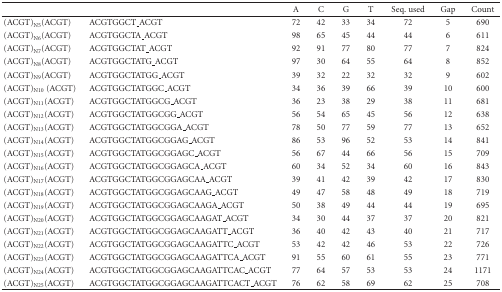
<table><thead><tr><td></td><td></td><td><b>A</b></td><td><b>C</b></td><td><b>G</b></td><td><b>T</b></td><td><b>Seq. used</b></td><td><b>Gap</b></td><td><b>Count</b></td></tr></thead><tbody><tr><td>(ACGT)<sub>N5</sub>(ACGT)</td><td>ACGTGGCT_ACGT</td><td>72</td><td>42</td><td>33</td><td>34</td><td>72</td><td>5</td><td>690</td></tr><tr><td>(ACGT)<sub>N6</sub>(ACGT)</td><td>ACGTGGCTA_ACGT</td><td>98</td><td>65</td><td>45</td><td>44</td><td>44</td><td>6</td><td>611</td></tr><tr><td>(ACGT)<sub>N7</sub>(ACGT)</td><td>ACGTGGCTAT_ACGT</td><td>92</td><td>91</td><td>77</td><td>80</td><td>77</td><td>7</td><td>824</td></tr><tr><td>(ACGT)<sub>N8</sub>(ACGT)</td><td>ACGTGGCTATG_ACGT</td><td>97</td><td>30</td><td>64</td><td>55</td><td>64</td><td>8</td><td>852</td></tr><tr><td>(ACGT)<sub>N9</sub>(ACGT)</td><td>ACGTGGCTATGG_ACGT</td><td>39</td><td>32</td><td>22</td><td>32</td><td>32</td><td>9</td><td>602</td></tr><tr><td>(ACGT)<sub>N10</sub> (ACGT)</td><td>ACGTGGCTATGGC_ACGT</td><td>34</td><td>36</td><td>39</td><td>66</td><td>39</td><td>10</td><td>600</td></tr><tr><td>(ACGT)<sub>N11</sub>(ACGT)</td><td>ACGTGGCTATGGCG_ACGT</td><td>36</td><td>23</td><td>38</td><td>29</td><td>38</td><td>11</td><td>681</td></tr><tr><td>(ACGT)<sub>N12</sub>(ACGT)</td><td>ACGTGGCTATGGCGG_ACGT</td><td>56</td><td>54</td><td>65</td><td>45</td><td>56</td><td>12</td><td>638</td></tr><tr><td>(ACGT)<sub>N13</sub>(ACGT)</td><td>ACGTGGCTATGGCGGA_ACGT</td><td>78</td><td>50</td><td>77</td><td>59</td><td>77</td><td>13</td><td>652</td></tr><tr><td>(ACGT)<sub>N14</sub>(ACGT)</td><td>ACGTGGCTATGGCGGAG_ACGT</td><td>86</td><td>53</td><td>96</td><td>52</td><td>53</td><td>14</td><td>841</td></tr><tr><td>(ACGT)<sub>N15</sub>(ACGT)</td><td>ACGTGGCTATGGCGGAGC_ACGT</td><td>56</td><td>67</td><td>44</td><td>66</td><td>56</td><td>15</td><td>709</td></tr><tr><td>(ACGT)<sub>N16</sub>(ACGT)</td><td>ACGTGGCTATGGCGGAGCA_ACGT</td><td>60</td><td>34</td><td>52</td><td>34</td><td>60</td><td>16</td><td>843</td></tr><tr><td>(ACGT)<sub>N17</sub>(ACGT)</td><td>ACGTGGCTATGGCGGAGCAA_ACGT</td><td>39</td><td>41</td><td>42</td><td>39</td><td>42</td><td>17</td><td>830</td></tr><tr><td>(ACGT)<sub>N18</sub>(ACGT)</td><td>ACGTGGCTATGGCGGAGCAAG_ACGT</td><td>49</td><td>47</td><td>58</td><td>48</td><td>49</td><td>18</td><td>719</td></tr><tr><td>(ACGT)<sub>N19</sub>(ACGT)</td><td>ACGTGGCTATGGCGGAGCAAGA_ACGT</td><td>50</td><td>38</td><td>49</td><td>44</td><td>44</td><td>19</td><td>695</td></tr><tr><td>(ACGT)<sub>N20</sub>(ACGT)</td><td>ACGTGGCTATGGCGGAGCAAGAT_ACGT</td><td>34</td><td>30</td><td>44</td><td>37</td><td>37</td><td>20</td><td>821</td></tr><tr><td>(ACGT)<sub>N21</sub>(ACGT)</td><td>ACGTGGCTATGGCGGAGCAAGATT_ACGT</td><td>36</td><td>40</td><td>42</td><td>43</td><td>40</td><td>21</td><td>717</td></tr><tr><td>(ACGT)<sub>N22</sub>(ACGT)</td><td>ACGTGGCTATGGCGGAGCAAGATTC_ACGT</td><td>53</td><td>42</td><td>42</td><td>46</td><td>53</td><td>22</td><td>726</td></tr><tr><td>(ACGT)<sub>N23</sub>(ACGT)</td><td>ACGTGGCTATGGCGGAGCAAGATTCA_ACGT</td><td>91</td><td>55</td><td>60</td><td>61</td><td>55</td><td>23</td><td>771</td></tr><tr><td>(ACGT)<sub>N24</sub>(ACGT)</td><td>ACGTGGCTATGGCGGAGCAAGATTCAC_ACGT</td><td>77</td><td>64</td><td>57</td><td>53</td><td>53</td><td>24</td><td>1171</td></tr><tr><td>(ACGT)<sub>N25</sub>(ACGT)</td><td>ACGTGGCTATGGCGGAGCAAGATTCACT_ACGT</td><td>76</td><td>62</td><td>58</td><td>69</td><td>62</td><td>25</td><td>708</td></tr></tbody></table>